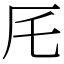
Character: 厇